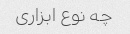
چه نوع ابزاری